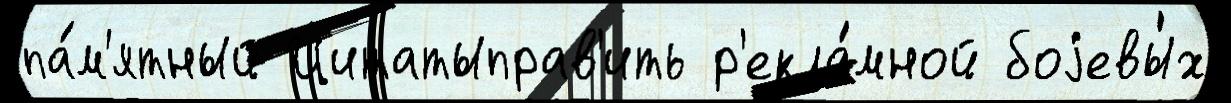
па́м'ятный Цитатыправ'ить р'екла́мной боjевы́х